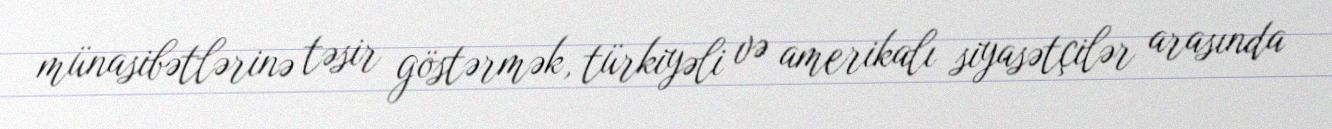
münasibətlərinə təsir göstərmək, türkiyəli və amerikalı siyasətçilər arasında